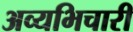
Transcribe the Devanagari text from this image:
अव्यभिचारी